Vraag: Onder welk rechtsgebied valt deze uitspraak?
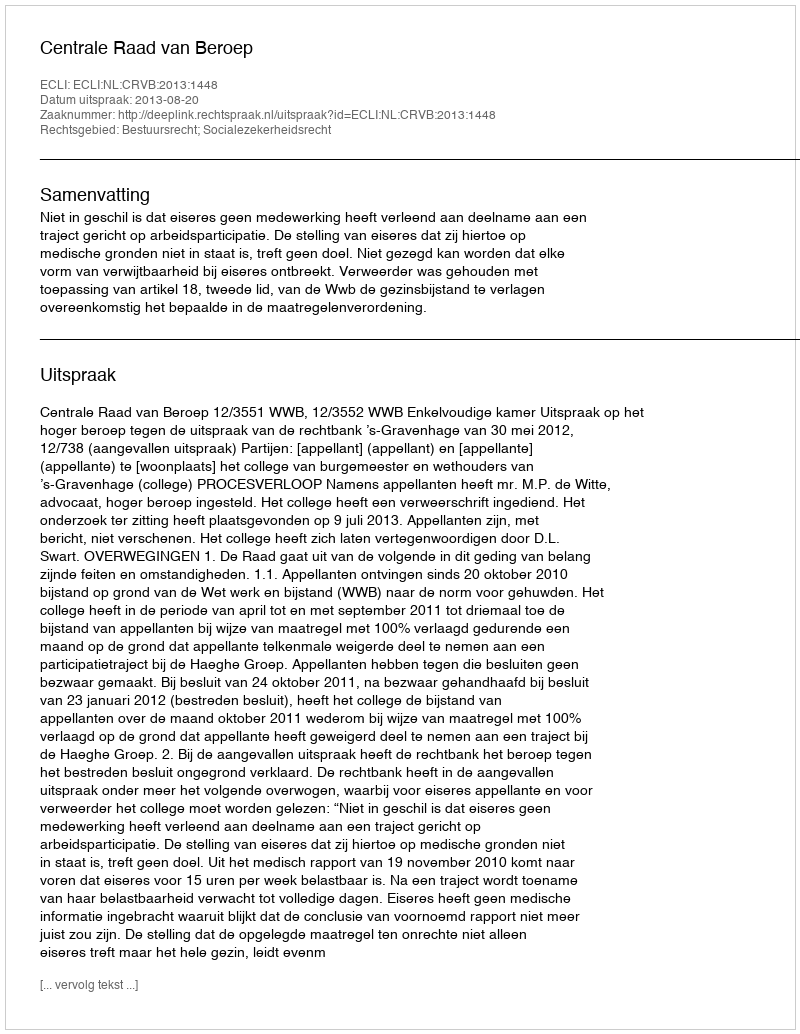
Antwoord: Bestuursrecht; Socialezekerheidsrecht